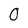
Character: 0